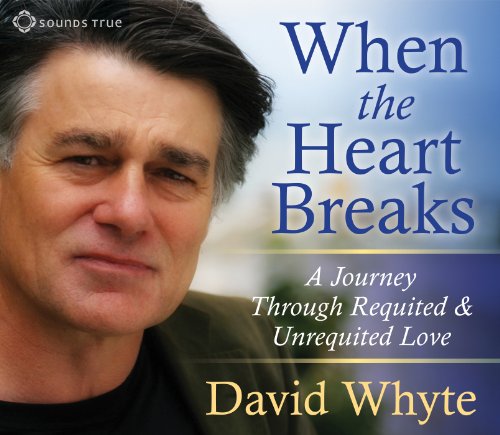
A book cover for When the Heart Breaks: A Journey Through Requited and Unrequited Love; David Whyte; Literature & Fiction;